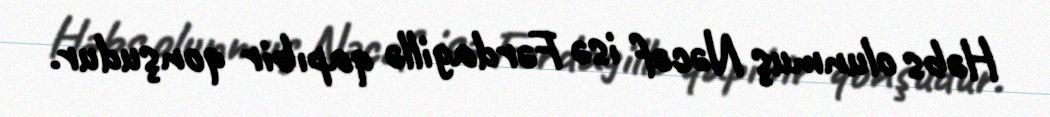
Həbs olunmuş Nəcəf isə Fərdagillə qapıbir qonşudur.